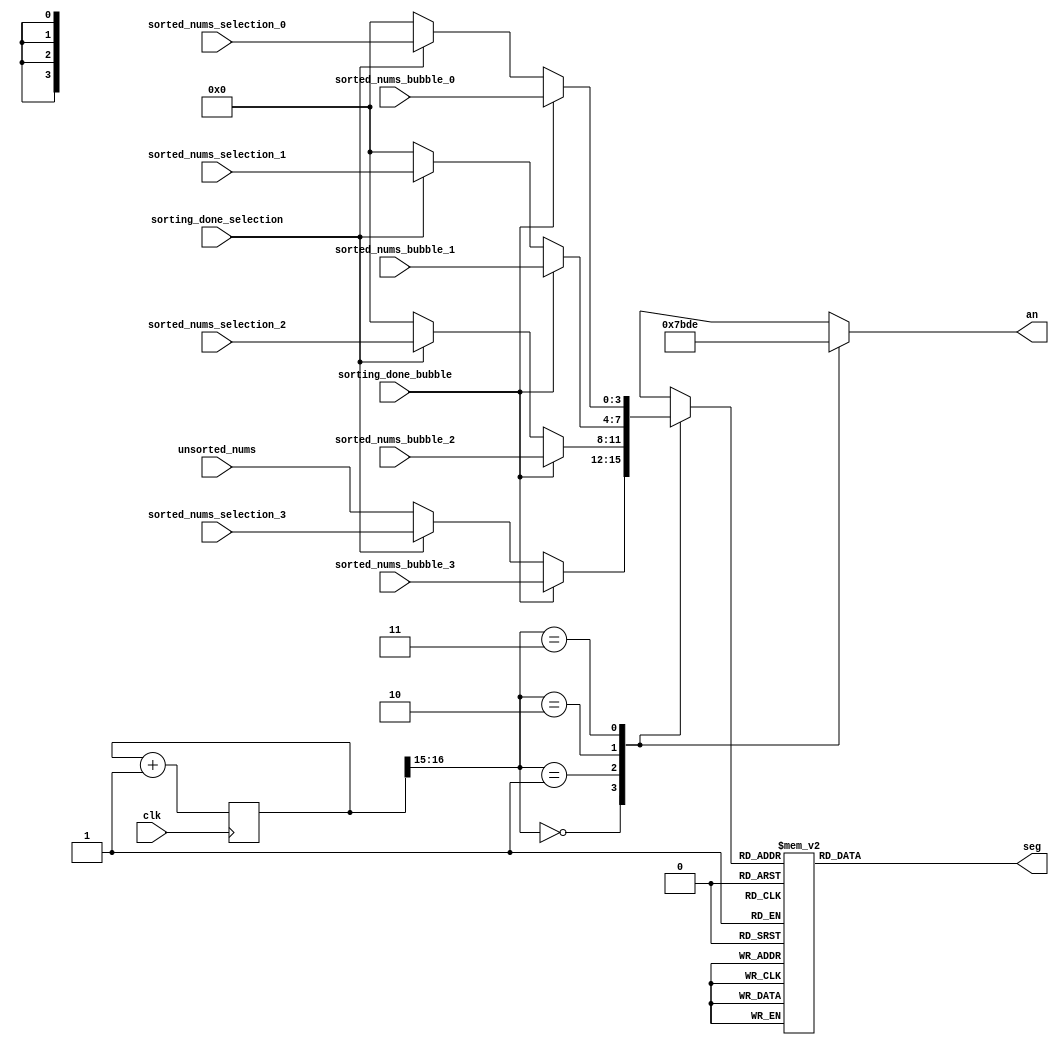
// seg_display module (updated)
module seg_display (
    input clk,
    input sorting_done_bubble,
    input sorting_done_selection,
    input [3:0] unsorted_nums,
    input [3:0] sorted_nums_bubble_0,
    input [3:0] sorted_nums_bubble_1,
    input [3:0] sorted_nums_bubble_2,
    input [3:0] sorted_nums_bubble_3,
    input [3:0] sorted_nums_selection_0,
    input [3:0] sorted_nums_selection_1,
    input [3:0] sorted_nums_selection_2,
    input [3:0] sorted_nums_selection_3,
    output reg [6:0] seg,
    output reg [3:0] an
);

reg [16:0] display_count;
reg [3:0] display_num;

always @(posedge clk) begin
    display_count <= display_count + 1;
end

always @(*) begin
    case (display_count[16:15])
        2'b00: begin
            an <= 4'b0111;
            if (sorting_done_bubble)
                display_num <= sorted_nums_bubble_3;
            else if (sorting_done_selection)
                display_num <= sorted_nums_selection_3;
            else
                display_num <= unsorted_nums;
        end
        2'b01: begin
            an <= 4'b1011;
            if (sorting_done_bubble)
                display_num <= sorted_nums_bubble_2;
            else if (sorting_done_selection)
                display_num <= sorted_nums_selection_2;
            else
                display_num <= 4'b0000;
        end
        2'b10: begin
            an <= 4'b1101;
            if (sorting_done_bubble)
                display_num <= sorted_nums_bubble_1;
            else if (sorting_done_selection)
                display_num <= sorted_nums_selection_1;
            else
                display_num <= 4'b0000;
        end
        2'b11: begin
            an <= 4'b1110;
            if (sorting_done_bubble)
                display_num <= sorted_nums_bubble_0;
            else if (sorting_done_selection)
                display_num <= sorted_nums_selection_0;
            else
                display_num <= 4'b0000;
        end
    endcase
end

always @(*) begin
    case (display_num)
        4'd0: seg <= 7'b1000000;
        4'd1: seg <= 7'b1111001;
        4'd2: seg <= 7'b0100100;
        4'd3: seg <= 7'b0110000;
        4'd4: seg <= 7'b0011001;
        4'd5: seg <= 7'b0010010;
        4'd6: seg <= 7'b0000010;
        4'd7: seg <= 7'b1111000;
        4'd8: seg <= 7'b0000000;
        4'd9: seg <= 7'b0010000;
        default: seg <= 7'b1111111;
    endcase
end

endmodule